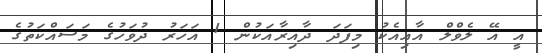
އީ އޭ ލެވްލް އާއިއެކު މިފަދަ ދާއިރާއަކުން 1 އަހަރު ދުވަހުގެ މަސައްކަތުގެ